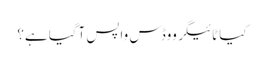
کیا ٹائیگر ووڈس واپس آگیا ہے؟